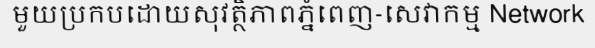
មួយប្រកបដោយសុវត្ថិភាពភ្នំពេញ-សេវាកម្ម Network